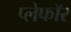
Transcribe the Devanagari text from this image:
प्लेफॉर